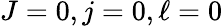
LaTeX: J=0,j=0,\ell=0